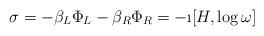
LaTeX: \begin{align*}\sigma = -\beta_L \Phi_L - \beta_R \Phi_R = - \i [H, \log \omega ]\end{align*}